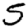
Digit: 5